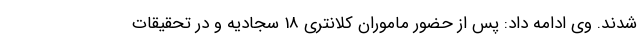
شدند. وی ادامه داد: پس از حضور ماموران کلانتری 18 سجادیه و در تحقیقات